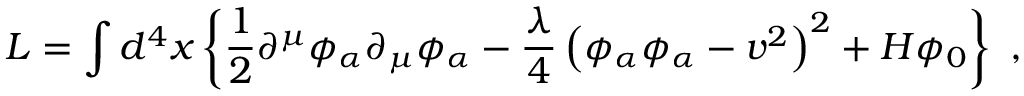
{ \cal L } = \int d ^ { 4 } x \left\{ \frac { 1 } { 2 } \partial ^ { \mu } \phi _ { \alpha } \partial _ { \mu } \phi _ { \alpha } - \frac { \lambda } { 4 } \left( \phi _ { \alpha } \phi _ { \alpha } - v ^ { 2 } \right) ^ { 2 } + H \phi _ { 0 } \right\} \ ,